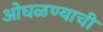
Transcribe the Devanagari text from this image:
ओघळण्याची